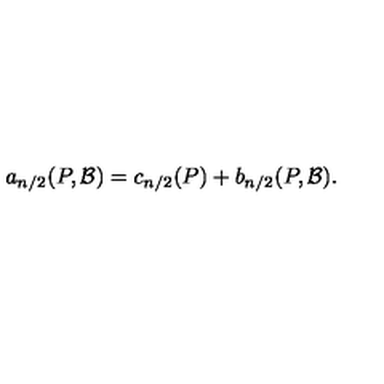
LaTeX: a _ { n / 2 } ( P , { \cal B } ) = c _ { n / 2 } ( P ) + b _ { n / 2 } ( P , { \cal B } ) .